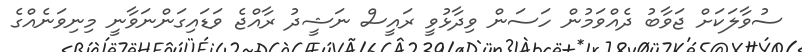
ސުވާލަކަށް ޖަވާބު ދެއްވަމުން ހަސަން ވިދާޅުވީ ރައީސް ނަޝީދު ރާއްޖެ ވަޑައިގަންނަވާނީ މިނިވަނެއްގެ